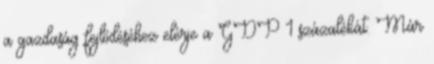
a gazdaság fejlődéséhez elérje a GDP 1 százalékát. Már